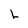
Character: L